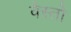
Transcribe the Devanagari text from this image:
वेस्तो